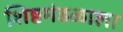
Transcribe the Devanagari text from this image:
शिष्टमंडळाला